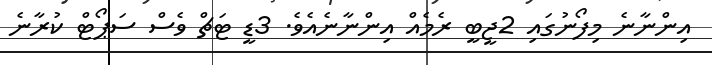
އިންނާނެ މިފޯނުގައި 2ޖީބީ ރެމެއް އިންނާނެއެވެ. 3ޑީ ޓަޗް ވެސް ސަޕޯޓް ކުރާނެ